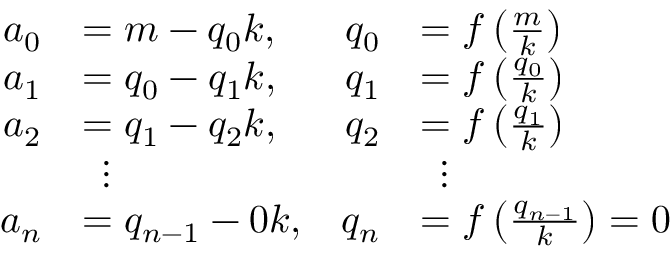
{ \begin{array} { r l r l r } { a _ { 0 } } & { = m - q _ { 0 } k , } & { q _ { 0 } } & { = f \left( { \frac { m } { k } } \right) } & \\ { a _ { 1 } } & { = q _ { 0 } - q _ { 1 } k , } & { q _ { 1 } } & { = f \left( { \frac { q _ { 0 } } { k } } \right) } & \\ { a _ { 2 } } & { = q _ { 1 } - q _ { 2 } k , } & { q _ { 2 } } & { = f \left( { \frac { q _ { 1 } } { k } } \right) } & \\ & { \, \, \, \vdots } & & { \, \, \, \vdots } \\ { a _ { n } } & { = q _ { n - 1 } - 0 k , } & { q _ { n } } & { = f \left( { \frac { q _ { n - 1 } } { k } } \right) = 0 } \end{array} }